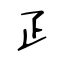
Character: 𤴔